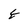
Character: E